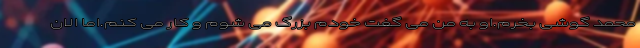
محمد گوشی بخرم.او به من می گفت خودم بزرگ می شوم و کار می کنم.اما الان